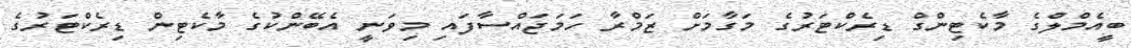
ބީއެމްލްގެ މާކެޓިންގް ޑިރެކްޓަރުގެ މަގާމަށް ޒަމްރާ ހަމަޖައްސާފައި މިވަނީ އެބޭންކުގެ މާކެޓިން ޑިރެކްޓަރުގެ